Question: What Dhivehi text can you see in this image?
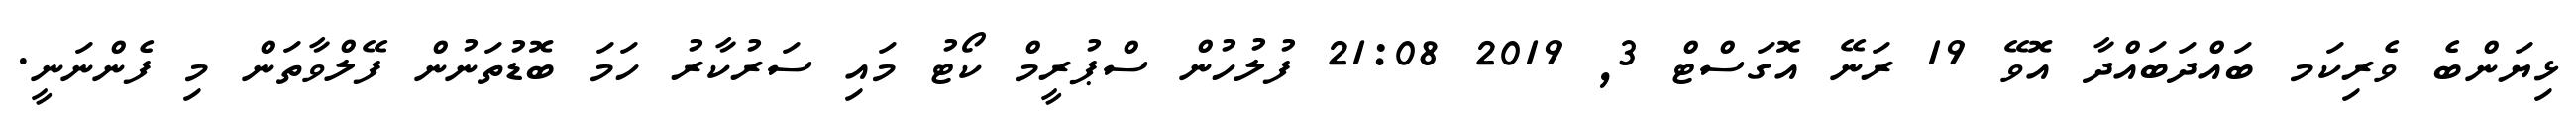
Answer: ޅިޔަންބެ ވެރިކަމ ބައްދަބައްދާ އޮވޭ 19 ރަނޭ އޮގަސްޓް 3, 2019 21:08 ފުލުހުން ސްޕުރީމް ކޯޓު މައި ސަރުކާރު ހަމަ ބޮޑުތަނުން ފޭލްވާތަން މި ފެންނަނީ.